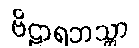
ဗိဠာရဘသ္တာ